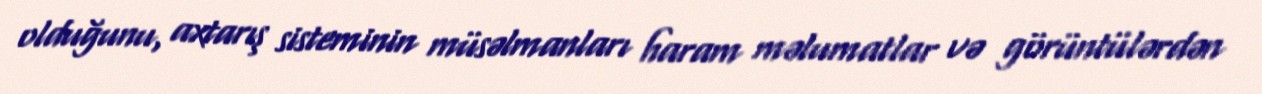
olduğunu, axtarış sisteminin müsəlmanları haram məlumatlar və görüntülərdən